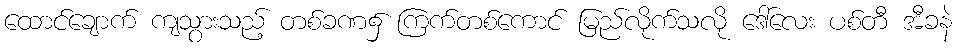
ထောင်ချောက် ကျသွားသည့် တစ်ခဏ၌ ကြက်တစ်ကောင် မြည်လိုက်သလို ဒေါ်လေး ပစ်တီ အီခနဲ